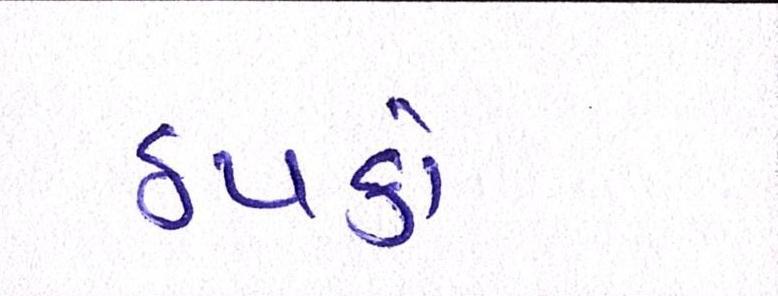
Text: ઠપકો